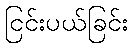
ငြင်းပယ်ခြင်း